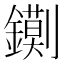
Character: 𮣔